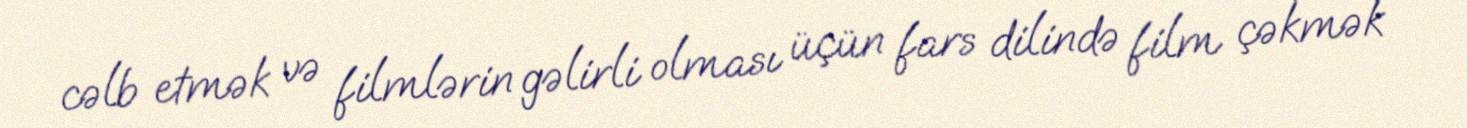
cəlb etmək və filmlərin gəlirli olması üçün fars dilində film çəkmək